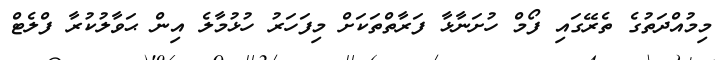
މިމުއްދަތުގެ ތެރޭގައި ފޯމް ހުށަނާޅާ ފަރާތްތަކަށް މިފަހަރު ހުޅުމާލެ އިން ޙަވާލުކުރާ ފްލެޓް